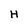
Character: H